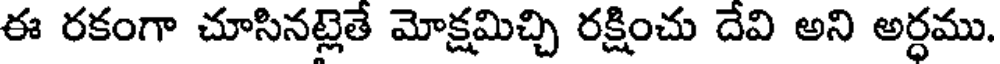
ఈ రకంగా చూసినట్లెతే మోక్షమిచ్చి రక్షించు దేవి అని అర్ధము.